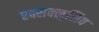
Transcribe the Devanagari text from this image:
एक्सक्लुसिव